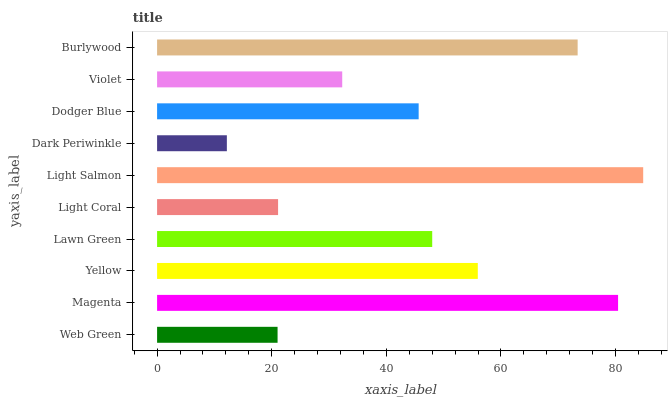
| yaxis_label | bars |
 | --- | --- |
 | Web Green | 21 |
 | Magenta | 80.4 |
 | Yellow | 56 |
 | Lawn Green | 48 |
 | Light Coral | 21.1 |
 | Light Salmon | 84.8 |
 | Dark Periwinkle | 12.2 |
 | Dodger Blue | 45.6 |
 | Violet | 32.3 |
 | Burlywood | 73.4 |